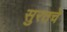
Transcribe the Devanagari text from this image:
सुरतचे